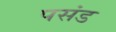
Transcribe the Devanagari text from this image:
पसंड